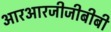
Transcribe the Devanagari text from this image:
आरआरजीजीबीबी